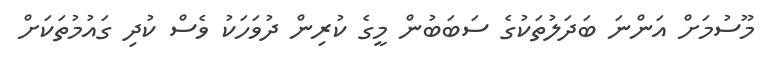
މޫސުމަށް އަންނަ ބަދަލުތަކުގެ ސަބަބުން މީގެ ކުރިން ދުވަހަކު ވެސް ކުދި ގައުމުތަކަށް